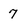
Character: 7